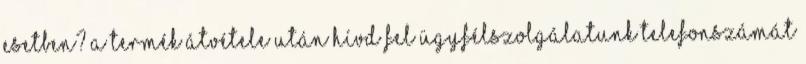
esetben? A termék átvétele után hívd fel ügyfélszolgálatunk telefonszámát